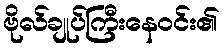
ဗိုလ်ချုပ်ကြီးနေဝင်း၏